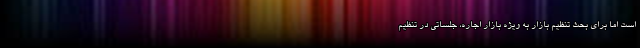
است اما برای بحث تنظیم بازار به ویژه بازار اجاره، جلساتی در تنظیم